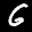
Label: 6